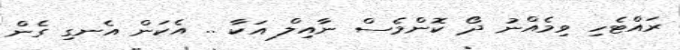
ރައްޓެހި ވިމެއްނު ދޯ ކޮންމެސް ނާއިލް އަކާ .. އެކަން އެނގި ގެން